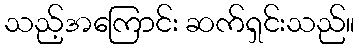
သည့်အကြောင်း ဆက်ရှင်းသည်။